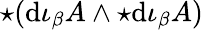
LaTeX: \star\! \left(\mathrm{d}\iota_{\beta}A\wedge{\star\mathrm{d}\iota_{\beta}A}\right)